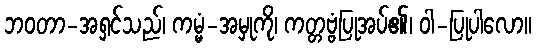
ဘဝတာ-အရှင်သည်၊ ကမ္မံ-အမှုကို၊ ကတ္တဗ္ဗံပြုအပ်၏၊ ဝါ-ပြုပါလော။